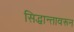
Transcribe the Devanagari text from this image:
सिद्धान्तावरून